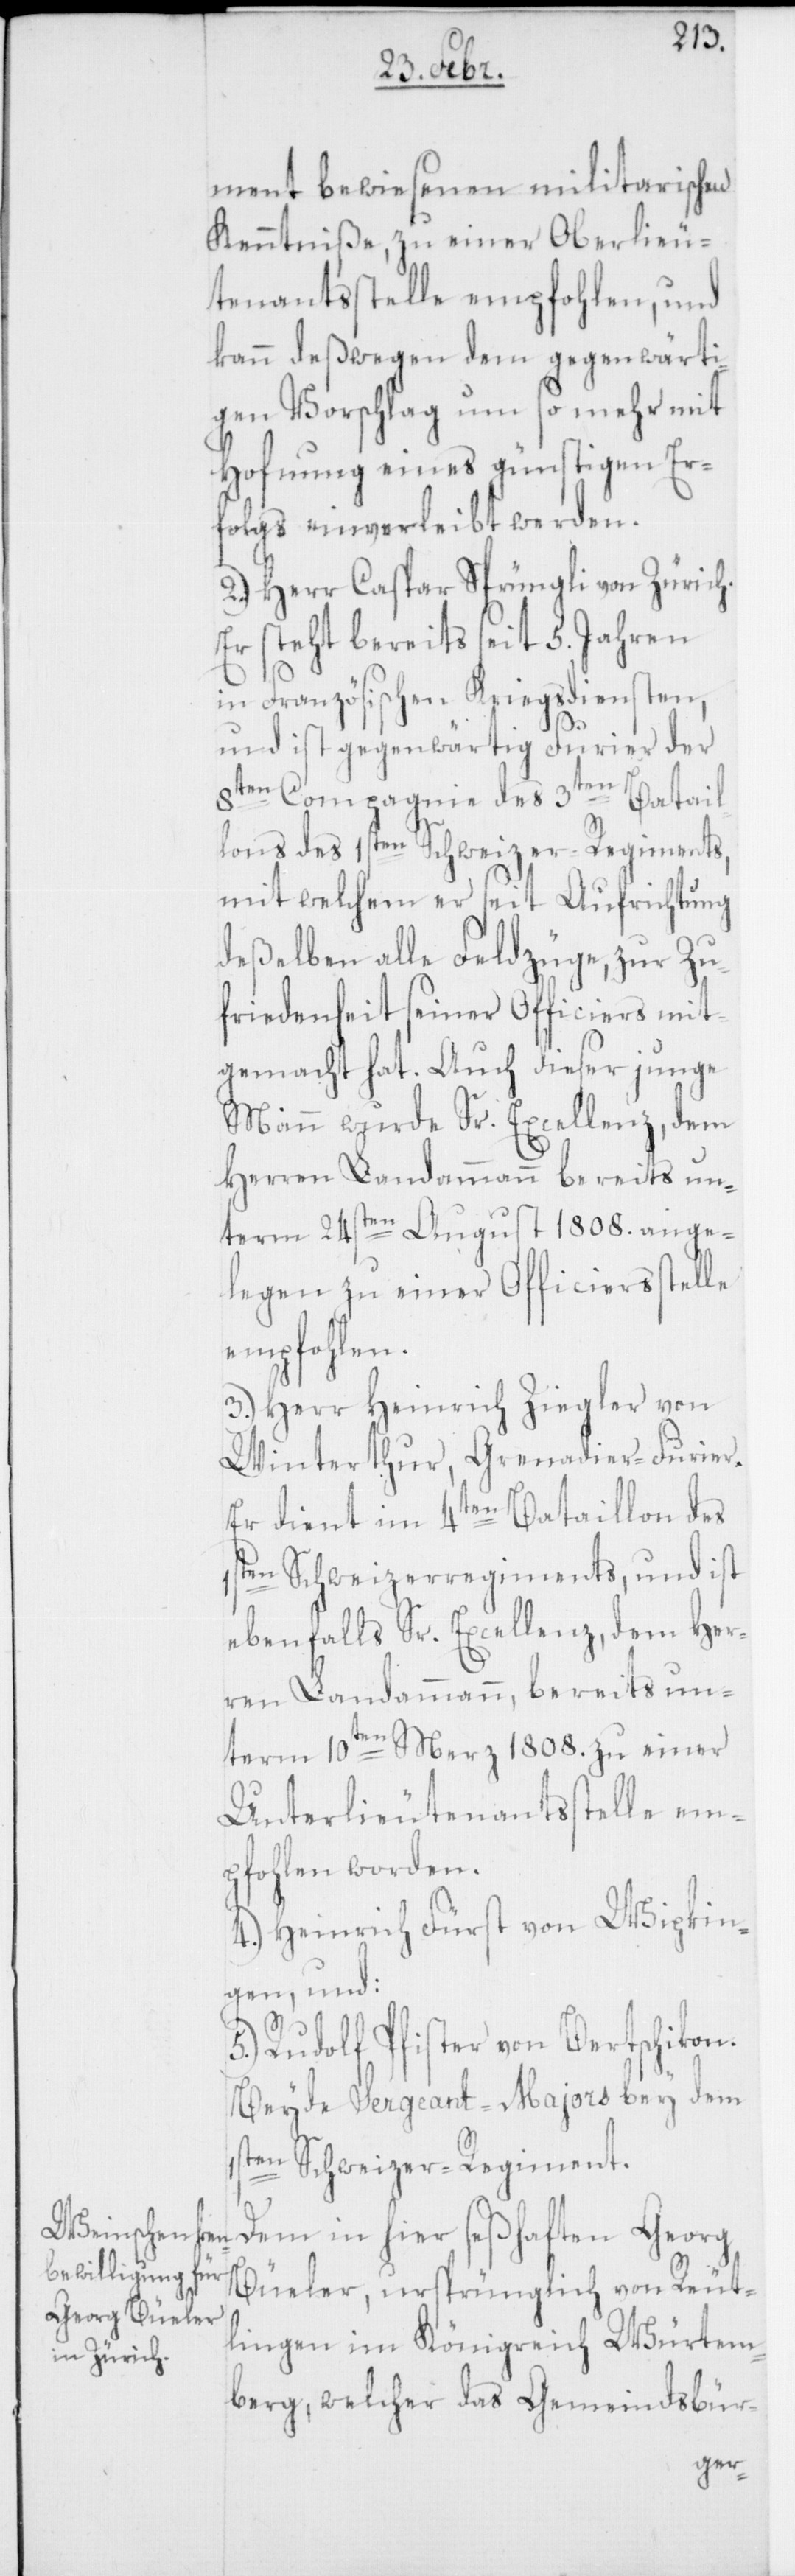
ment bewiesenen militarischen
Kenntniße, zu einer Oberlieu¬
tenantsstelle empfohlen, und
kann deßwegen dem gegenwärti¬
gen Vorschlag um so mehr mit
Hoffnung eines günstigen Er¬
folgs einverleibt werden.
2.) Herr Caspar Sprüngli von Zürich.
Er steht bereits seit 5. Jahren
in Französischen Kriegsdiensten,
und ist gegenwärtig Furier der
8ten Compagnie des 3ten Batail¬
lons des 1sten Schweizer-Regiments,
mit welchem er seit Aufrichtung
deßelben alle Feldzüge, zur Zu¬
friedenheit seiner Officiers mit¬
gemacht hat. Auch dieser junge
Mann wurde Sr. Excellenz, dem
Herren Landammann bereits un¬
term 24sten August 1808. ange¬
legen zu einer Officiersstelle
empfohlen.
3.) Herr Heinrich Ziegler von
Winterthur, Grenadier-Furier.
Er dient im 4ten Bataillon des
1sten Schweizerregiments, und ist
ebenfalls Sr. Excellenz, dem Her¬
ren Landammann, bereits un¬
term 10ten Merz 1808. zu einer
Unterlieutenantsstelle em¬
pfohlen worden.
4.) Heinrich Fürst von Wipkin¬
gen, und:
5.) Rudolf Pfister von Bertschikon.
Beyde Sergeant-Majors bey dem
1sten Schweizer-Regiment.
Dem in hier seßhaften Gerog
Büeler, ursprünglich von Reut¬
lingen im Königreich Würtem¬
berg, welcher das Gemeindsbür-